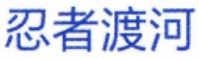
忍者渡河